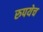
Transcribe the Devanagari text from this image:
रुपयेच